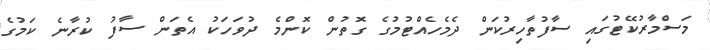
މަސްމާރުކޭޓުގައި ސާފުތާހިރުކަން ދެމެހެއްޓުމުގެ ގޮތުން ކޮންމެ ދުވަހަކު އެތަން ސާފު ކުރާނެ ކަމުގެ